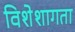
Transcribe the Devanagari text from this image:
विशेशागता